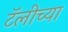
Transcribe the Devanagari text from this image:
टॅलीच्या